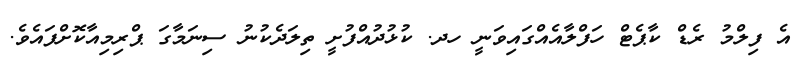
އެ ފިލްމު ރެޑް ކާޕެޓް ހަފްލާއެއްގައިވަނީ ހދ. ކުޅުދުއްފުށީ ތިލަދެކުނު ސިނަމާގަ ޕްރިމިއާކޮށްފައެވެ.